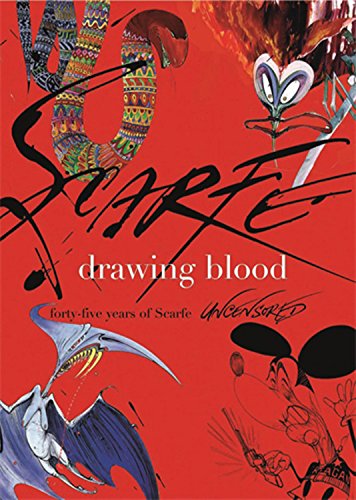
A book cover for Drawing Blood: Forty Five Years of Scarfe Uncensored; Gerald Scarfe; Humor & Entertainment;